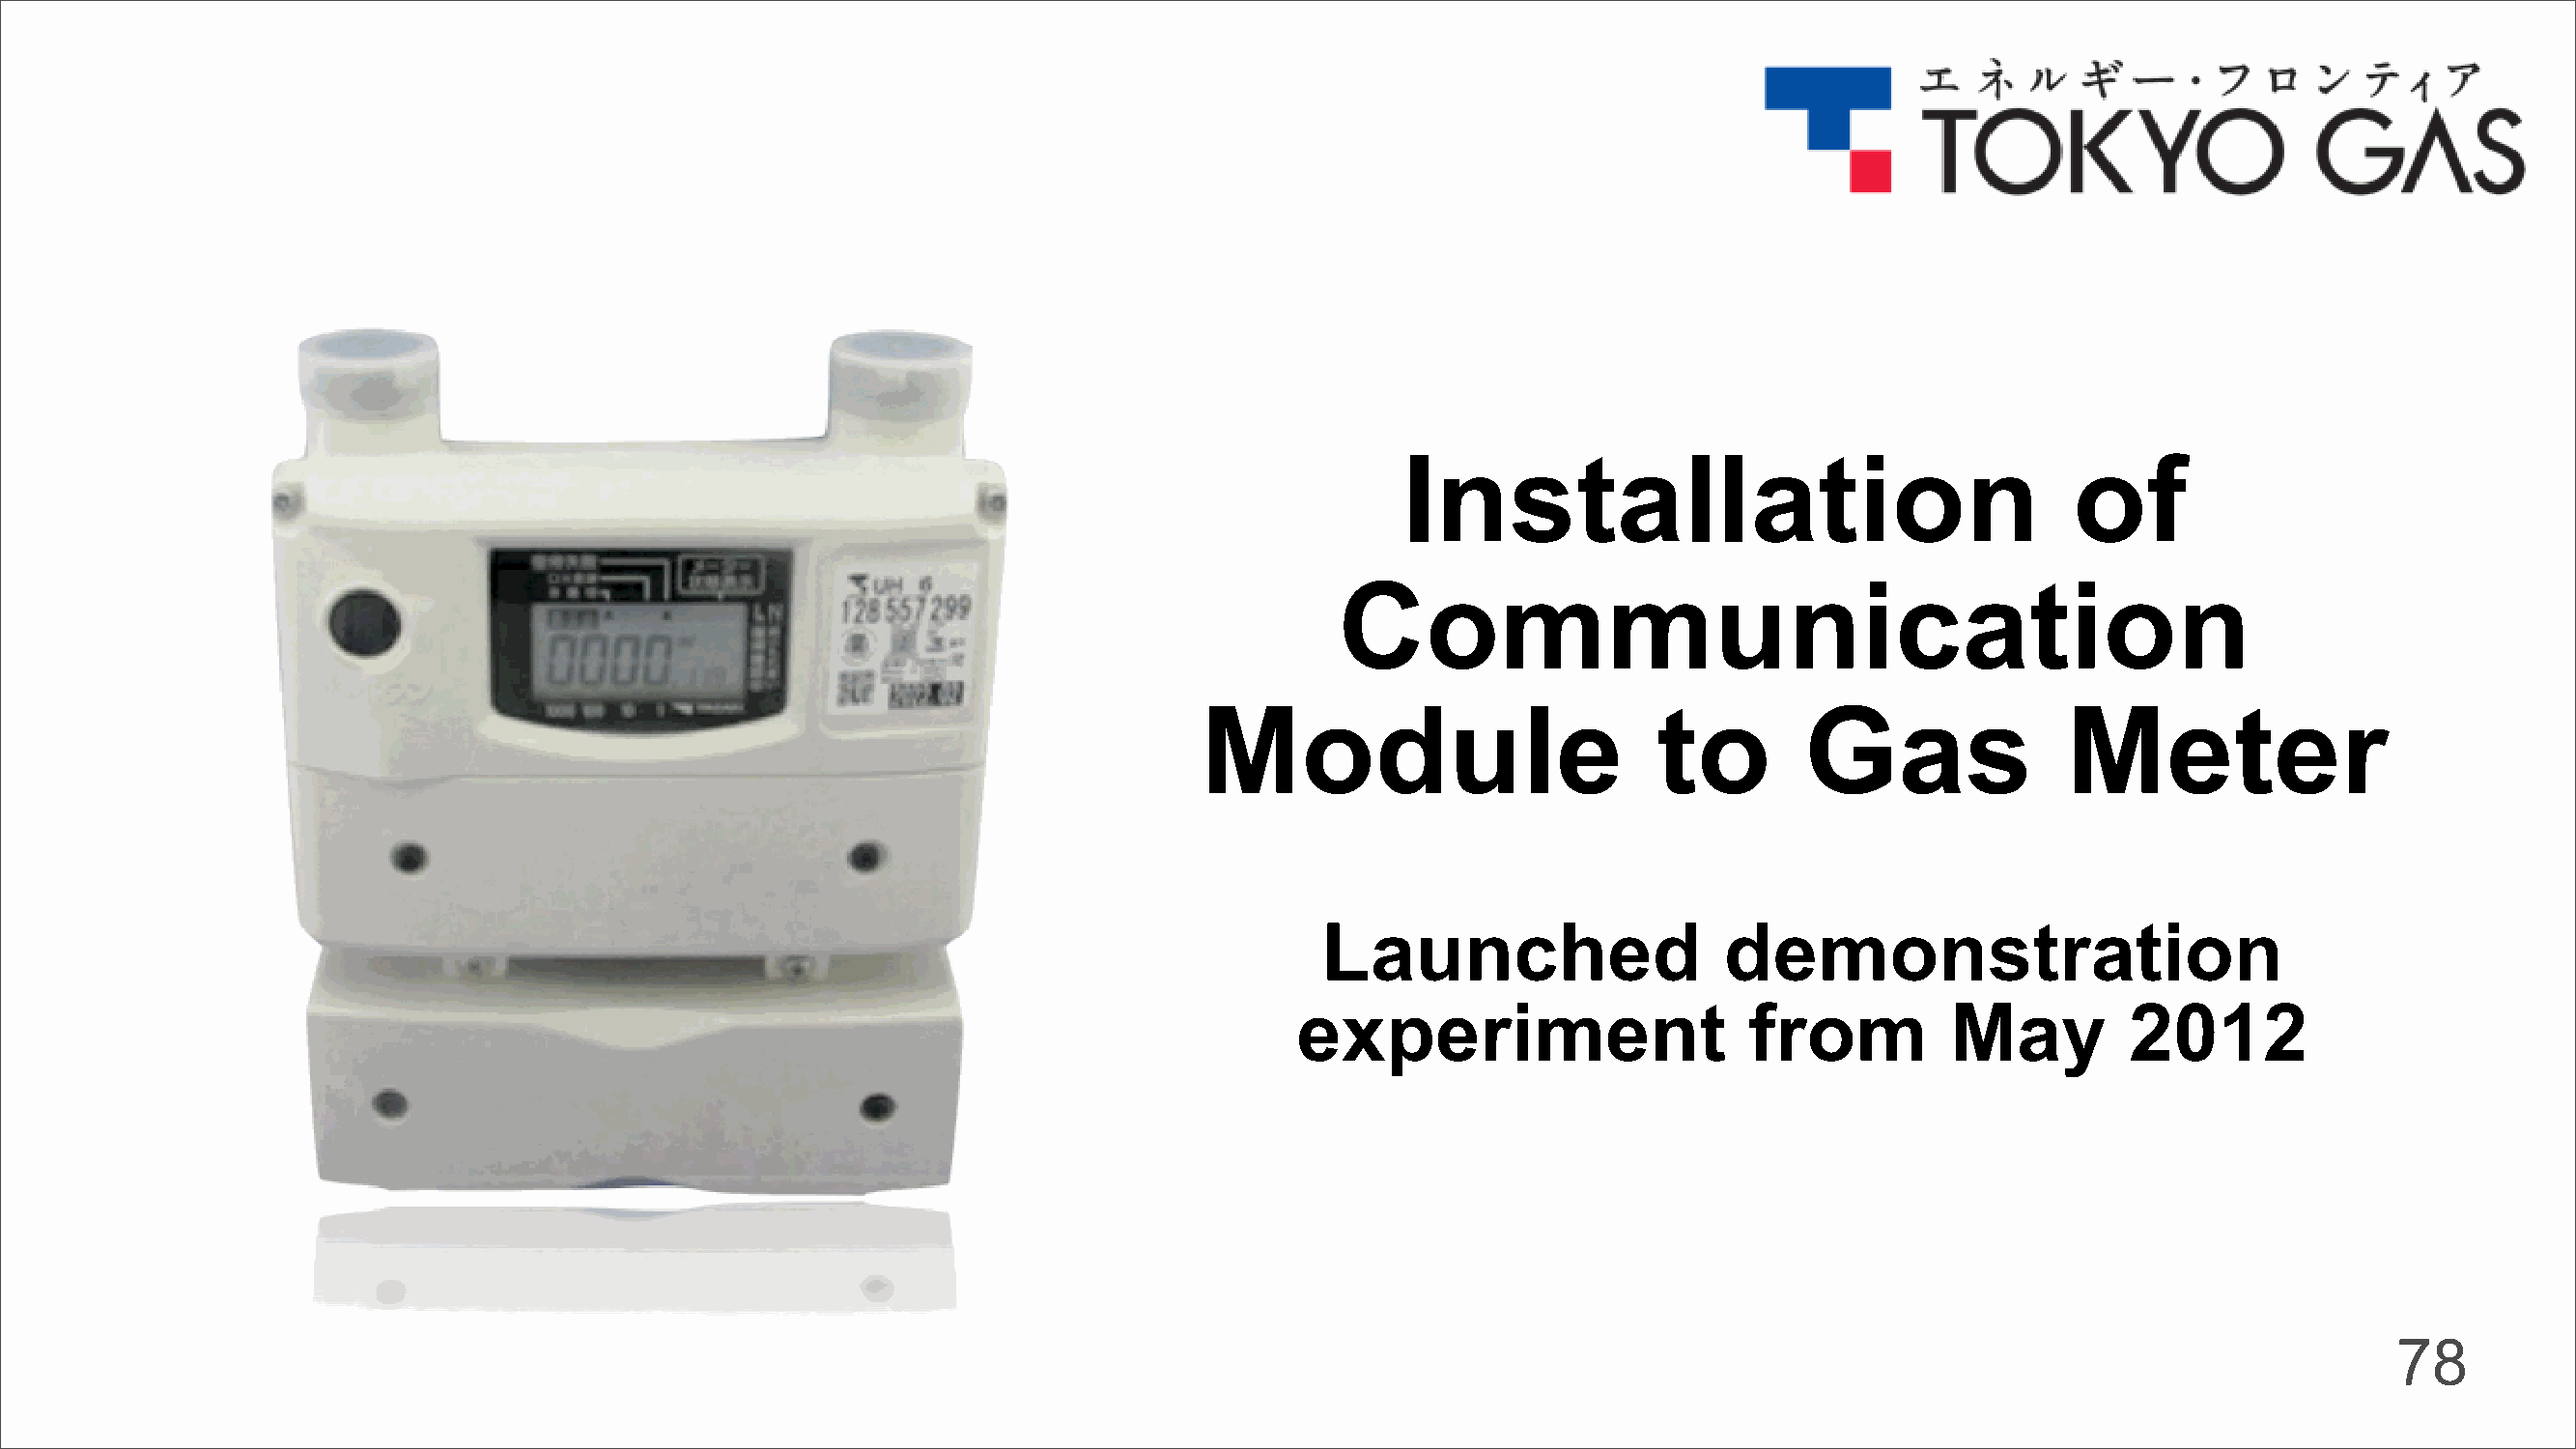
Installation                                  of
 Communication
 Module                          to        Gas               Meter
 Launched                   demonstration
 experiment                     from          May         2012
 78